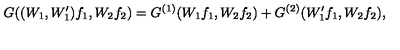
G ( ( W _ { 1 } , W _ { 1 } ^ { \prime } ) f _ { 1 } , W _ { 2 } f _ { 2 } ) = G ^ { ( 1 ) } ( W _ { 1 } f _ { 1 } , W _ { 2 } f _ { 2 } ) + G ^ { ( 2 ) } ( W _ { 1 } ^ { \prime } f _ { 1 } , W _ { 2 } f _ { 2 } ) ,